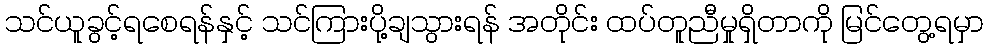
သင်ယူခွင့်ရစေရန်နှင့် သင်ကြားပို့ချသွားရန် အတိုင်း ထပ်တူညီမှုရှိတာကို မြင်တွေ့ရမှာ